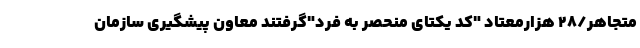
متجاهر/۲۸ هزارمعتاد "کد یکتای منحصر به فرد"گرفتند معاون پیشگیری سازمان